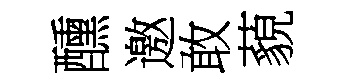
醺邀敢藐